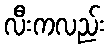
လီးကလည်း